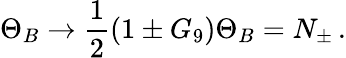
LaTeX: \Theta_{B}\to\frac{1}{2}\left(1\pm G_{9}\right)\Theta_{B}=N_{\pm}\, .